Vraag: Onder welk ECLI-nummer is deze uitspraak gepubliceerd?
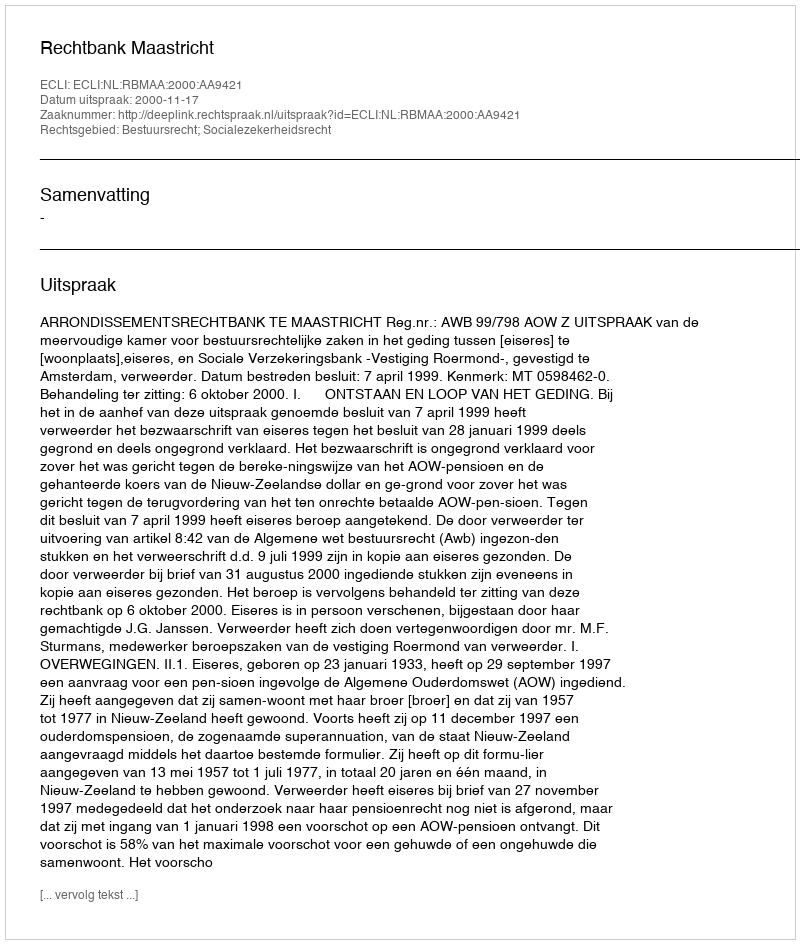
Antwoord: ECLI:NL:RBMAA:2000:AA9421